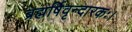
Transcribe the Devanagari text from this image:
ब्रह्मर्षिवृन्दारकः।